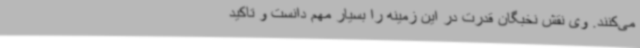
می‌کنند. وی نقش نخبگان قدرت در این زمینه را بسیار مهم دانست و تاکید